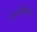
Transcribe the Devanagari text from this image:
मातीशिवाय